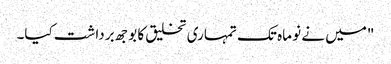
"میں نے نو ماہ تک تمہاری تخلیق کا بوجھ برداشت کیا۔